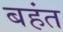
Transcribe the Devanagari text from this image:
बहंत